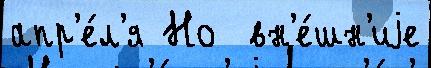
апр'е́л'я Но  вн'е́шн'иjе